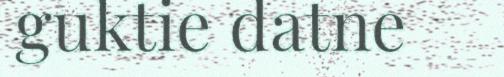
guktie datne